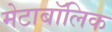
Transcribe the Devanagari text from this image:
मेटाबॉलिक